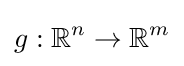
g:\mathbb {R} ^{n}\to \mathbb {R} ^{m}